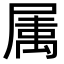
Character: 𭕭